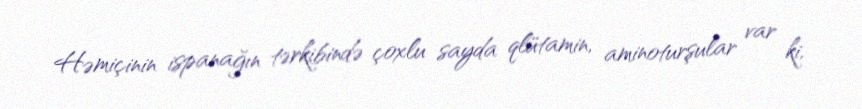
Həmiçinin ispanağın tərkibində çoxlu sayda qlütamin, aminoturşular var ki,